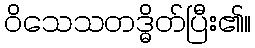
ဝိသေသတဒ္ဓိတ်ပြီး၏။